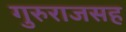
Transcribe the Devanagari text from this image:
गुरुराजसह